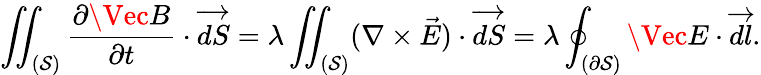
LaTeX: \iint_{(\mathcal{S})}\frac{\partial\Vec{B}}{\partial t}\cdot\overrightarrow{dS}=\lambda\iint_{(\mathcal{S})}(\nabla\times\vec{E})\cdot\overrightarrow{dS}=\lambda\oint_{(\partial\mathcal{S})}\Vec{E}\cdot\overrightarrow{dl}.